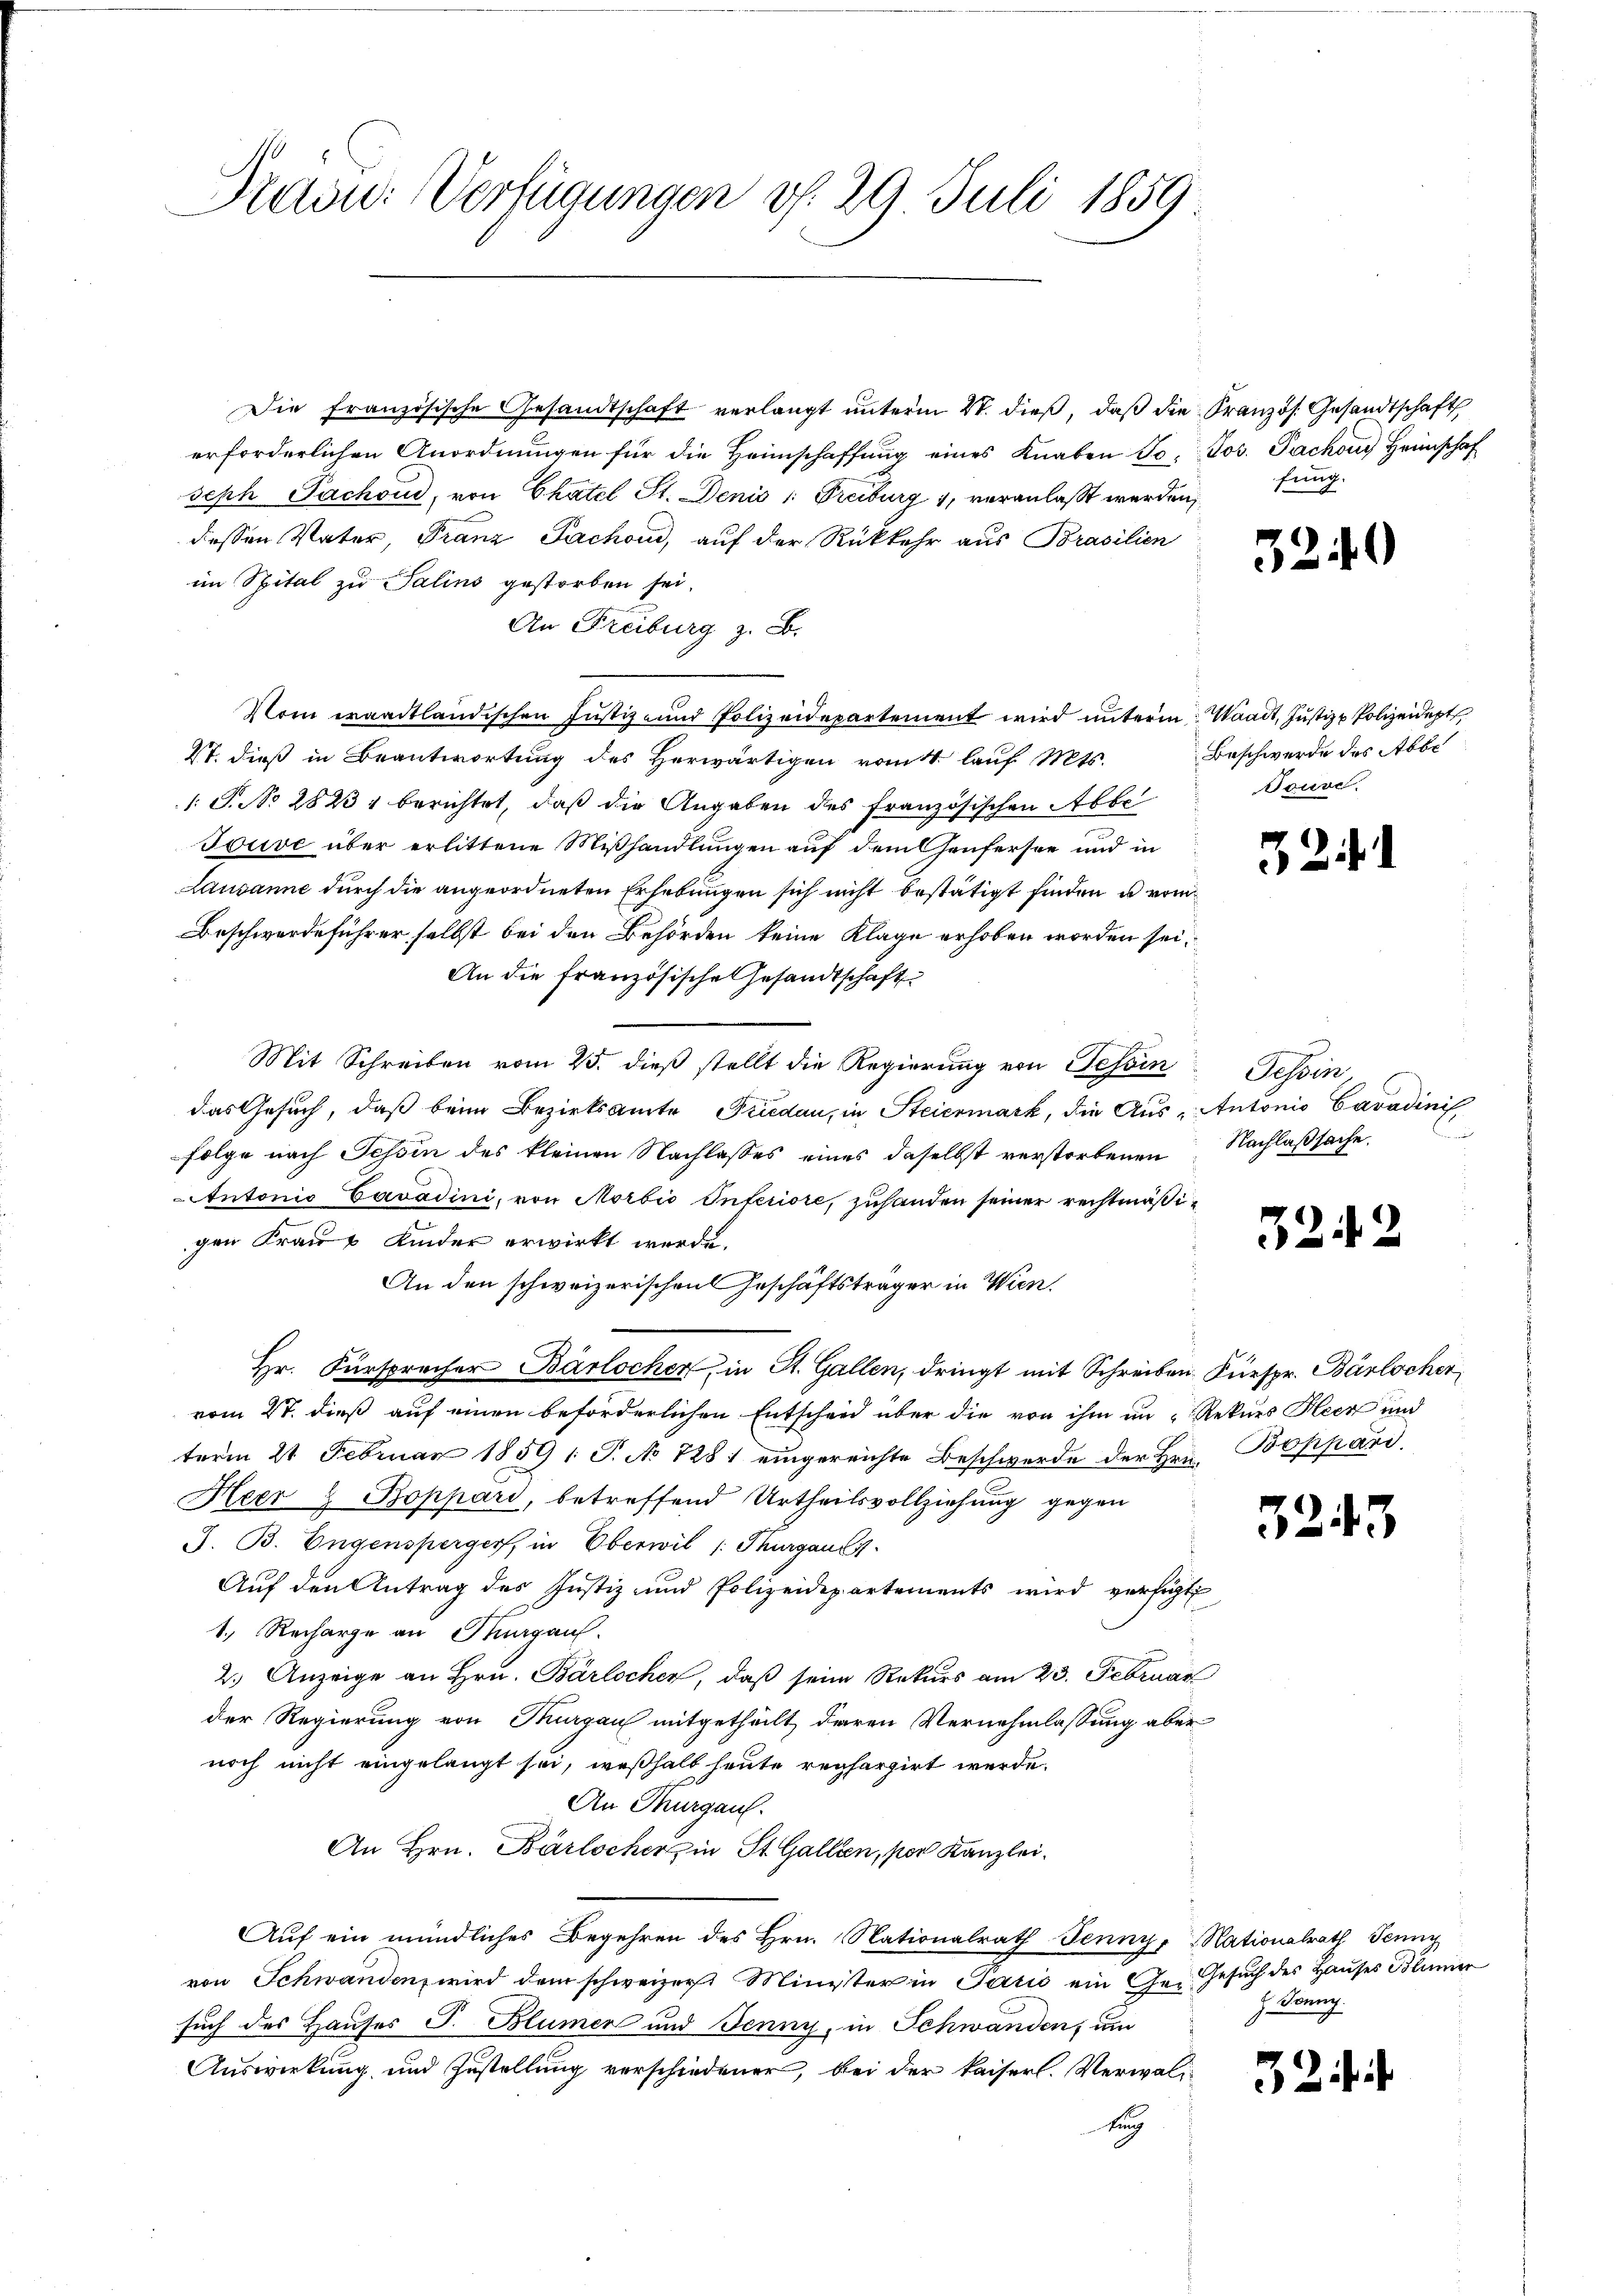
Praon: Verfügungen v. 29. Juli 1859.

Die französische Gesandtschaft verlangt unterm 21. dieß, daß die Kranzös. Gesandtschaft
erforderlichen Anordnungen für die Heimschaffung eines Knaben Jo. Jos. Pachen Heimschaf
seph Pachoud, von Chatel St. Denis 1. Freiburg 1, veranlaßt werden,
dessen Vater, Franz Fachon, auf der Rückkehr aus Brasilien
im Spital zu Salins gestorben sei.
An Freiburg z. B.
Vom waadtländischen Justiz- und Polizeidepartement wird unterm Waadt, Justiz & Polizeidept
S. dieß in Beantwortung des Herwärtigen rait lauf Mts.
1 S. No 28231 berichtet, daß die Angaben des französischen Abbe
Jouve über erlittene Mißhandlungen auf dem Heufersee und in
Lausanne durch die angeordneten Erhebungen sich nicht bestätigt finden u. vom
Beschwerdeführer selbst bei den Behörden keine Klage erhoben worden sei.
An die französische Gesandtschaft
Mit Schreiben vom 25. dieß stellt die Regierung von Schin
das Gesuch, daß beim Bezirksamte Friedau, in Steiermark, die Aus Antonio Cavadinis
folge nach Tessin des kleinen Nachlasses eines daselbst verstorbenen Nachlaßsache
Antonio Cavadini, von Morbio Inferiore, zuhanden seiner rechtmäßigen Frau & Kinder erwirkt werde.
An den schweizerischen Geschäftsträger in Wien.
Hr. Fürspracher Barlocher, in St. Gallen, dringt mit Schreiben Fürspr. Bärlocher
vom 27. dieß auf einen beförderlichen Entscheid über die von ihm an Rekurs Heer und
term 21. Februar 1859 1 S. No 1281 eingereichte Beschwerde der Hrn. Boppard.
Heer & Boppard, betreffend Urtheilsvollziehung gegen
J. B. Eugenspergers, in Oberwil /: Thurgauis
Auf den Antrag des Justiz- und Polizeidepartements wird versicht
1. Recharge an Thurgau.
2.) Anzeige an Hrn. Bärlochen, daß seine Rekurs am 23. Februar
der Regierung von Thurgau mitgetheilt deren Vernehmlassung aber
noch nicht eingelangt sei, weßhalb heute rechargirt werde.
An Thurgau.
An Hrn. Bärlocherz in St. Gallen, por Kanzlei.
Auf ein mündliches Begehren des Hrn. Nationalrath Jenny, Nationalrath Jenny
von Schwandenz wird dem schweizer Minister in Panić ein Ge- Gesuch des Hauses Blumer
such des Hauses J. Blumen und Jenny, in Schwanden, um
Auswirkung und Zustellung verschiedener, bei der kaiserl. Verwal¬
Eug

fung.

32.

Beschwerde des Abbe
Touve.

5

32

32.

¬

Tessin,
i

15

32 f.

H. Bonny